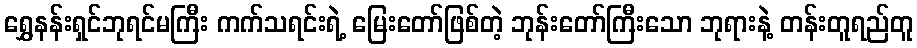
ရွှေနန်းရှင်ဘုရင်မကြီး ကက်သရင်းရဲ့ မြေးတော်ဖြစ်တဲ့ ဘုန်းတော်ကြီးသော ဘုရားနဲ့ တန်းတူရည်တူ